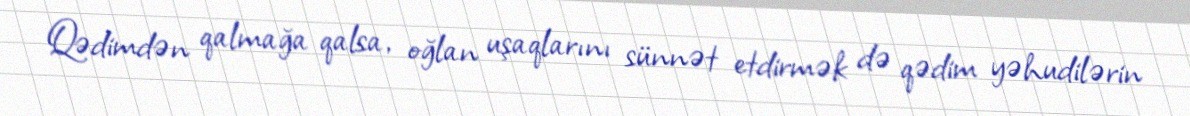
Qədimdən qalmağa qalsa, oğlan uşaqlarını sünnət etdirmək də qədim yəhudilərin